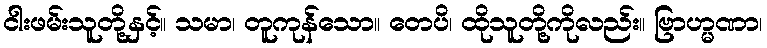
ငါးဖမ်းသူတို့နှင့်။ သမာ၊ တူကုန်သော။ တေပိ၊ ထိုသူတို့ကိုလည်း။ ဗြာဟ္မဏာ၊